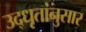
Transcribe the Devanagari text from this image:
उद्‌धृतांनुसार